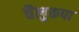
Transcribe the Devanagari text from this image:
चैलुकपा